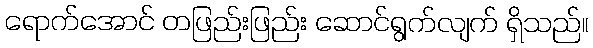
ရောက်အောင် တဖြည်းဖြည်း ဆောင်ရွက်လျက် ရှိသည်။